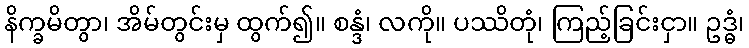
နိက္ခမိတွာ၊ အိမ်တွင်းမှ ထွက်၍။ စန္ဒံ၊ လကို။ ပဿိတုံ၊ ကြည့်ခြင်းငှာ။ ဥဒ္ဓံ၊